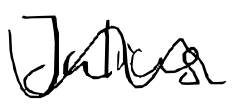
Text: Julius
Cross-out: wave
Writing tool: digital_black